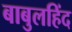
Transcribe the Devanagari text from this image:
बाबुलहिंद